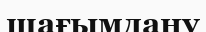
шағымдану